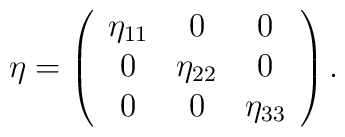
\eta = \left( \begin{array}{ccc}\eta_{11} & 0 & 0\\0 & \eta_{22} & 0\\0 & 0 & \eta_{33}\end{array} \right).